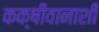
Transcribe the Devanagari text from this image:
कक्षीवानाशी